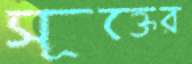
সূক্তের